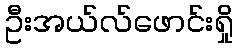
ဦးအယ်လ်ဖောင်းရှို